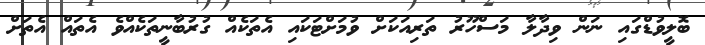
ބޮލީވުޑްގައި ނަން ވިދާލާ މަސްހޫރު ތަރިއަކަށް ވުމަށްޓަކައި އެތަކެއް ގުރުބާނީތަކެއްވެ އެތައް އެތަށް